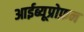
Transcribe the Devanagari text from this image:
आईब्यूप्रोफ़न